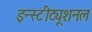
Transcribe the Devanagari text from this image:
इन्स्टीट्यूशनल